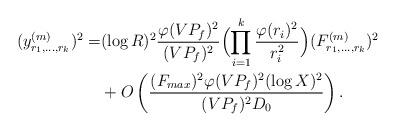
LaTeX: \begin{align*}(y^{(m)}_{r_1,\ldots,r_k})^2=&(\log R)^2\frac{\varphi(VP_f)^2}{(VP_f)^2}\Bigl(\prod_{i=1}^k\frac{\varphi(r_i)^2}{r_i^2}\Bigr)(F_{r_1,\ldots,r_k}^{(m)})^2\\&+O\left(\frac{(F_{max})^2\varphi(VP_f)^2(\log X)^2}{(VP_f)^2D_0}\right).\end{align*}